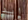
إيد